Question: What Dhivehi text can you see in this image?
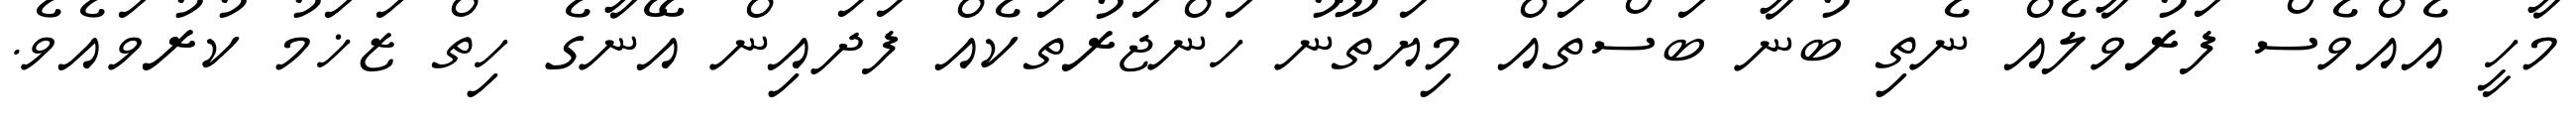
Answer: މާހީ އެއްވެސް ފަރުވާލެއް ނެތި ބުނާ ބަސްތައް މިޔަތޫނު ހަންޖަރުތަކެއް ފަދައިން އޭނާގެ ހިތް ޒަޚަމު ކުރުވައެވެ.